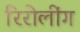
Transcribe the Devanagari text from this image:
रिरोलींग